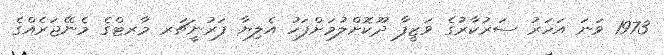
1973 ވަނަ އަހަރު ސަރުކާރުގެ ވަޒީފާ ދޫކޮށްލުމަށްފަހު އެލިޔާ ފަރުނީޗަރ މާރޓްގެ މެނޭޖަރެއްގެ